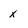
Character: x